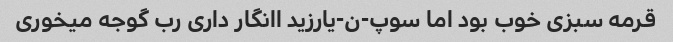
قرمه سبزی خوب بود اما سوپ-ن-یارزید اانگار داری رب گوجه میخوری